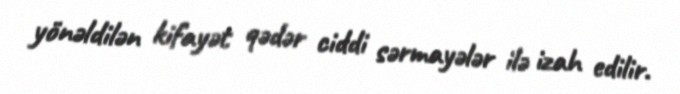
yönəldilən kifayət qədər ciddi sərmayələr ilə izah edilir.